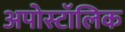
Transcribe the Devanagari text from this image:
अपोस्टॉलिक